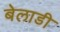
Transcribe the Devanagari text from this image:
बेलाडी